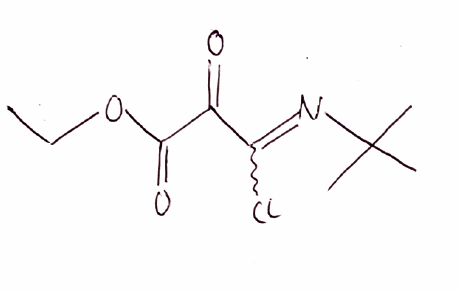
Simplified molecular-input line-entry system (SMILES) notation of the given molecule:
CCOC(=O)C(=O)C(=NC(C)(C)C)Cl